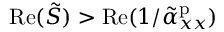
\mathrm { R e } ( \tilde { S } ) > \mathrm { R e } ( 1 / \tilde { \alpha } _ { x x } ^ { \mathrm { p } } )